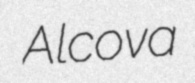
Alcova